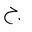
Letter: _gim